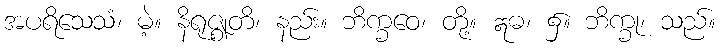
အပရိသေသံ၊ မဲ့။ နိရုဇ္ဈတိ၊ နည်း။ ဘိက္ခဝေ၊ တို့။ ဣဓ၊ ၌။ ဘိက္ခု၊ သည်။